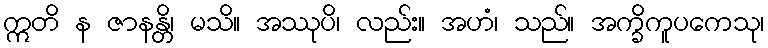
ဣတိ န ဇာနန္တိ၊ မသိ။ အဿုပိ၊ လည်း။ အဟံ၊ သည်။ အက္ခိကူပကေသု၊